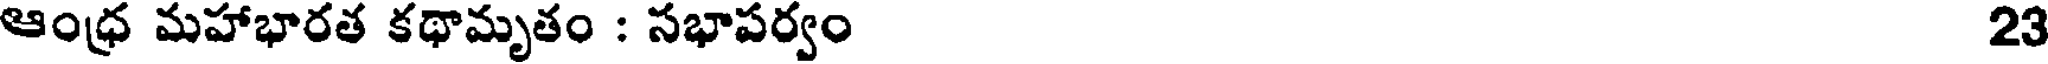
ఆంధ్ర మహాభారత కథామృతం : సభాపర్వం 23